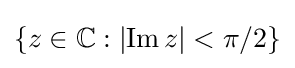
\{z\in \mathbb {C} :\left|\operatorname {Im} z\right|<\pi /2\}